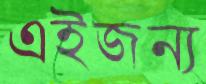
এইজন্য